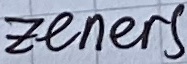
Text: Zeners